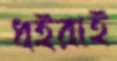
ধইরাই